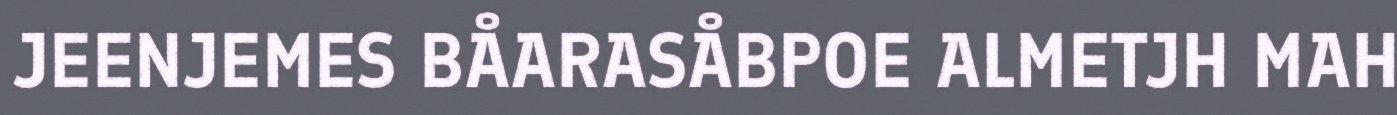
JEENJEMES BÅARASÅBPOE ALMETJH MAH